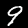
Digit: 9